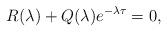
LaTeX: \begin{align*}R(\lambda)+Q(\lambda)e^{-\lambda \tau}=0,\end{align*}